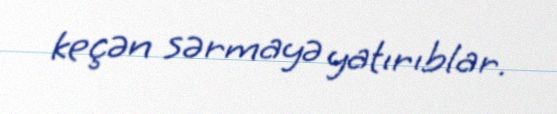
keçən sərmayə yatırıblar.